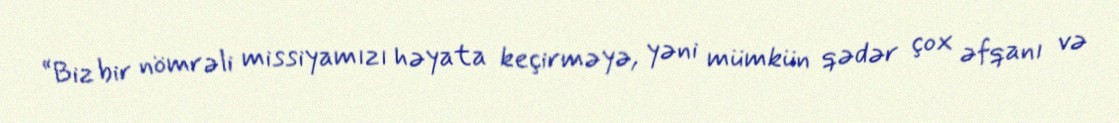
“Biz bir nömrəli missiyamızı həyata keçirməyə, yəni mümkün qədər çox əfqanı və